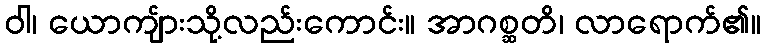
ဝါ၊ ယောကျ်ားသို့လည်းကောင်း။ အာဂစ္ဆတိ၊ လာရောက်၏။